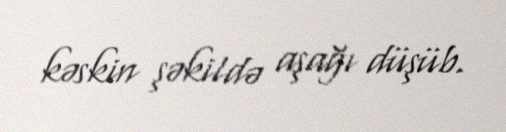
kəskin şəkildə aşağı düşüb.